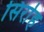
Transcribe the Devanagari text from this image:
सिर्राह